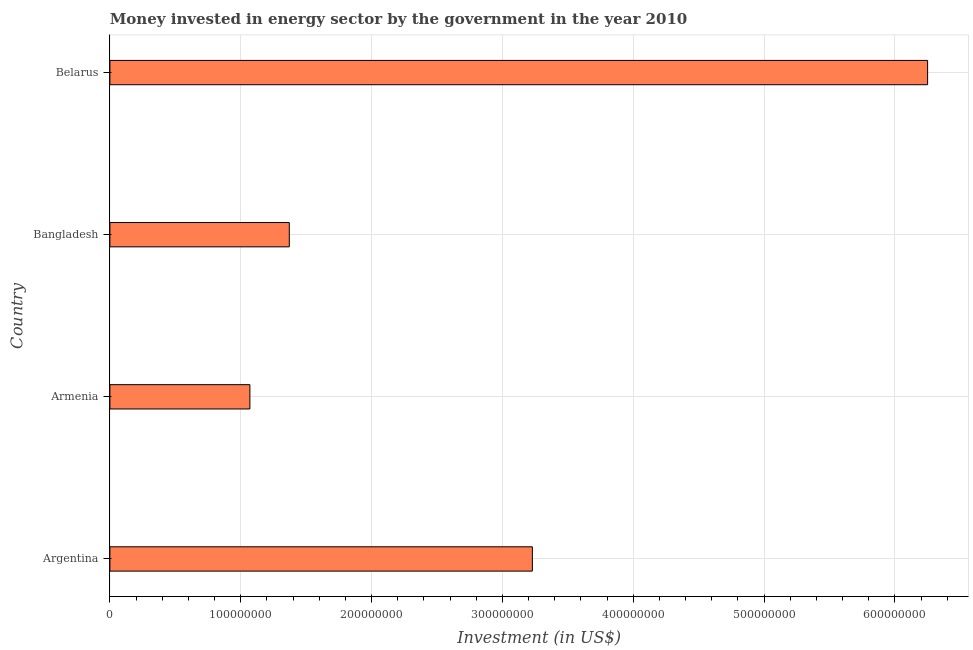
| Country | Investment in energy with private participation (current US$) |
 | --- | --- |
 | Argentina | 3.23e+08 |
 | Armenia | 1.07e+08 |
 | Bangladesh | 1.37e+08 |
 | Belarus | 6.25e+08 |